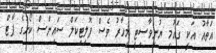
އަތާއު އަކީ ގައުމީ ޔުނިވާސިޓީ މިހާރު ވެސް ޕޮލިޓިކަލް ސައިންސް ކޯހުގެ ޕާޓް